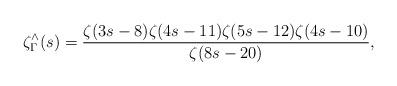
LaTeX: \begin{align*} \zeta^{\wedge}_\Gamma(s) = \frac{\zeta(3s-8) \zeta(4s-11) \zeta(5s-12) \zeta(4s-10)}{\zeta(8s-20)}, \end{align*}